Calcutta medical institutions reports 1871-78
Year: 1871
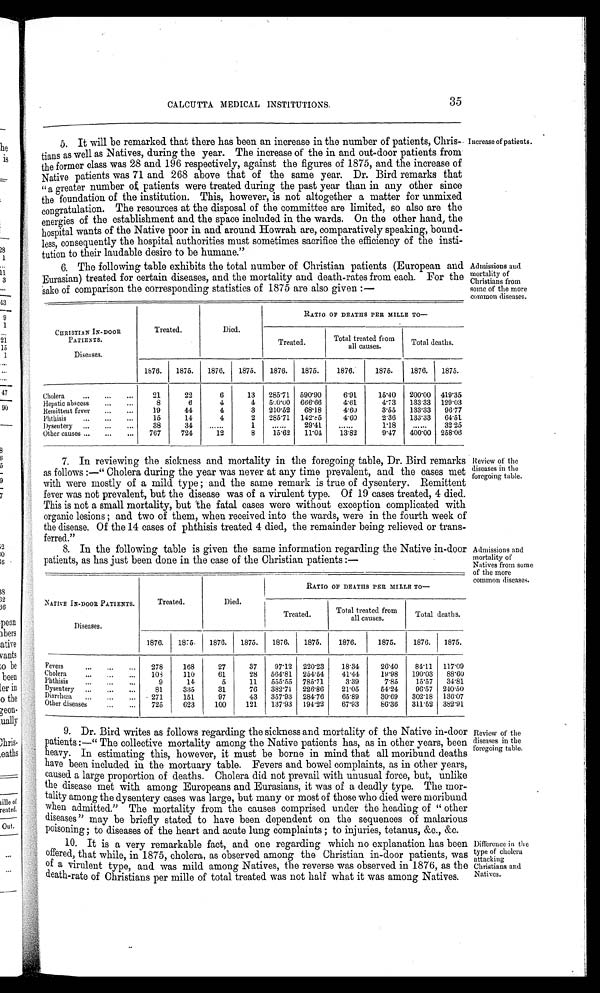
Increase of patients.
Admissions and
mortality of
Christians from
some of the more
common diseases.
CALCUTTA MEDICAL INSTITUTIONS.
35
5. It will be remarked that there has been an increase in the number of patients, Chris
-tians as well as Natives, during the year. The increase of the in and out-door patients from
the former class was 28 and 196 respectively, against the figures of 1875, and the increase of
Native patients was 71 and 268 above that of the same year. Dr. Bird remarks that
"a greater number of patients were treated during the past year than in any other since
the foundation of the institution. This, however, is not altogether a matter for unmixed
congratulation. The resources at the disposal of the committee are limited, so also are the
energies of the establishment and the space included in the wards. On the other hand, the
hospital wants of the Native poor in and around Howrah are, comparatively speaking, bound
-less, consequently the hospital authorities must sometimes sacrifice the efficiency of the insti
-tution to their laudable desire to be humane."
6. The following table exhibits the total number of Christian patients (European and
Eurasian) treated for certain diseases, and the mortality and death-rates from each. For the
sake of comparison the corresponding statistics of 1875 are also given:—
CHRISTIAN IN-DOOR
PATIENTS.
Diseases.
RATIO OFDEATHS PER MILLR TO
—
Treated.
Died.
Treated.
Total treated from
all causes.
Total deaths.
1876. 1875. 1876. 1875. 1876. 1875.
1876.
1875.
1876. 1875.
Cholera
... ... ...
21
22
6
13 285·71 590·90
6·91
15·40 200·00 419·35
Hepatic abscess ... ...
8
6
4
4 500·00 666·66
4·61
4·73 133·33 129·03
Remittent fever
... ... 19
44
4
3 210·52 68·18
4·60
3·55 133·33 96·77
Phthisis
... ... ...
15
14
4
2 285·71 142·85
4·60
2·36 133·33 64·51
Dyseutery
... ... ... 38
34
......
1
......
29·41
.....
1·18
......
32·25
Other causes ... ... ...
767
724
12
8
15·62 11·04
13·82
9·47 400·00 258·06
7. In reviewing the sickness and mortality in the foregoing table, Dr. Bird remarks
as follows:—"Cholera during the year was never at any time prevalent, and the cases met
with were mostly of a mild type; and the same remark is true of dysentery. Remittent
fever was not prevalent, but the disease was of a virulent type. Of 19 cases treated, 4 died.
This is not a small mortality, but the fatal cases were without exception complicated with
organic lesions; and two of them, when received into the wards, were in the fourth week of
the disease. Of the 14 cases of phthisis treated 4 died, the remainder being relieved or trans
- f e r r e d . "
8. In the following table is given the same information regarding the Native in-door
patients, as has just been done in the case of the Christian patients:—
NATIVE IN-DOOR PATIENTS.
Diseases.
Treated.
Died.
RATIO OF DEATHS PER MILLR TO
—
Treated.
Total treated from
all causes.
Total deaths.
1876. 1875. 1876. 1875. 1876. 1875.
1876.
1875.
1876. 1875.
Fevers ... ... ...
278
168
27
37
97·12 220·23
18·34
26·40
84·11 117·09
Cholera ... ... ... 108
110
61
28 564·81 254·54
41·44
19·98 190·03 88·60
Phthisis ... ... ...
9
14
5
11 555·55 785·71
3·39
7·85
15·57 34·81
Dysentery ... ... ...
81
335
31
76 382·71 226·86
21·05
54·24
96·57 240·50
Diarrhœa ... ... ... 271
151
97
43 357·93 284·76
65·89
30·69 302·18 136·07
Other diseases ... ...
725
623
100
121 137·93 194·22
67·93
86·36 311·52 382·91
9. Dr. Bird writes as follows regarding the sickness and mortality of the Native in-door
patients:—"The collective mortality among the Native patients has, as in other years, been
heavy. In estimating this, however, it must be borne in mind that all moribund deaths
have been included in the mortuary table. Fevers and bowel complaints, as in other years,
caused a large proportion of deaths. Cholera did not prevail with unusual force, but, unlike
the disease met with among Europeans and Eurasians, it was of a deadly type. The mor
- t a l i t y a m o n g t h e d y s e n t e r y c a s e s w a s l a r g e , b u t m a n y o r m o s t o f t h o s e w h o d i e d w e r e m o r i b u n d
when admitted." The mortality from the causes comprised under the heading of "other
diseases" may be briefly stated to have been dependent on the sequences of malarious
poisoning; to diseases of the heart and acute lung complaints; to injuries, tetanus, &c., &c.
10. It is a very remarkable fact, and one regarding which no explanation has been
offered, that while, in 1875, cholera, as observed among the Christian in-door patients, was
of a virulent type, and was mild among Natives, the reverse was observed in 1876, as the
death-rate of Christians per mille of total treated was not half what it was among Natives.
Review of the
diseases in the
foregoing table.
Admissions and
mortality of
Natives from some
of the more
common diseases.
Review of the
di seases i n t he f oregoi ng t abl e.
Di f f e r e n c e i n t h e t y p e o f c h o l c r a a t t a c k i n g Ch r i s t i a n s a n d Na t i v e s .